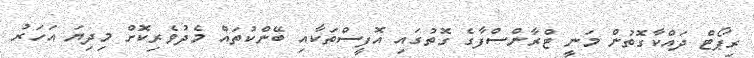
ރިޕޯޓް ދައްކާގޮތުން މަނީ ޓްރާންސްފާގެ ގޮތުގައި އޮފީސްތަކާއި ބޭންކުތައް މެދުވެރިކޮށް މިދިޔަ އަހަރު